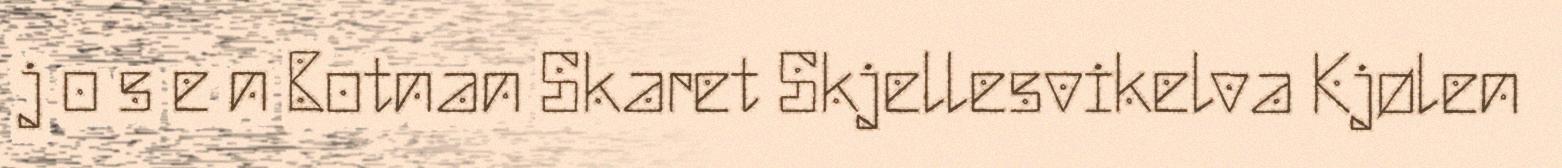
j o s e n Botnan Skaret Skjellesvikelva Kjølen